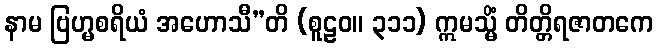
နာမ ဗြဟ္မစရိယံ အဟောသီ”တိ (စူဠဝ။ ၃၁၁) ဣမသ္မိံ တိတ္တိရဇာတကေ